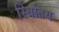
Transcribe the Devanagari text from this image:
स्थितिय